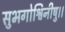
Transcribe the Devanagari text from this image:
सुभगोश्विनीषु।।